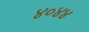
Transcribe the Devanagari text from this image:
४०४४